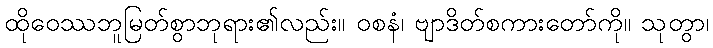
ထိုဝေဿဘူမြတ်စွာဘုရား၏လည်း။ ဝစနံ၊ ဗျာဒိတ်စကားတော်ကို။ သုတွာ၊